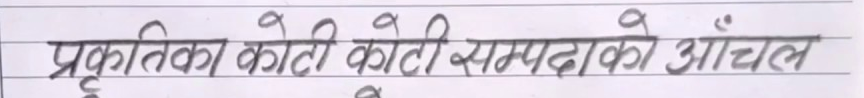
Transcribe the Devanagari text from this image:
प्रकृतिका कोटी कोटी सम्पदाको आंचल